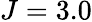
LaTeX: J=3.0